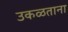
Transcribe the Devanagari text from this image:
उकळताना